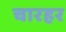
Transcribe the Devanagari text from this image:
चारहर